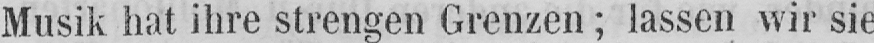
Musik hat ihre strengen Grenzen; lassen wir sie